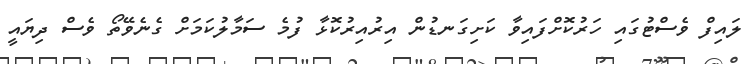
ލައިފް ވެސްޓުގައި ހަރުކޮށްފައިވާ ކަށިގަނޑުން އިރުއިރުކޮޅާ ފުމެ ސަމާލުކަމަށް ގެނެވޭތޯ ވެސް ދިޔައީ